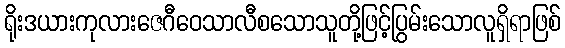
ရိုးဒယားကုလားဇေဂီဝေသာလီစသောသူတို့ဖြင့်ပြွမ်းသောလူရှိရာဖြစ်